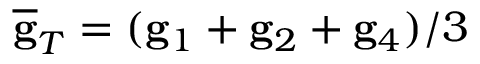
\overline { { \bf g } } _ { T } = ( { \bf g } _ { 1 } + { \bf g } _ { 2 } + { \bf g } _ { 4 } ) / 3